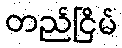
တည်ငြိမ်